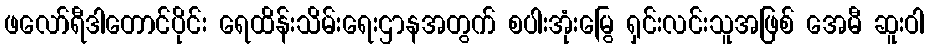
ဖလော်ရီဒါတောင်ပိုင်း ရေထိန်းသိမ်းရေးဌာနအတွက် စပါးအုံးမြွေ ရှင်းလင်းသူအဖြစ် အေမီ ဆူးဝါ